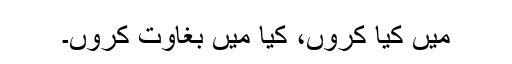
میں کیا کروں، کیا میں بغاوت کروں۔